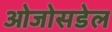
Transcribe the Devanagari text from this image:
ओजोसडेल